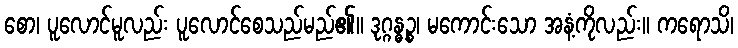
စော၊ ပူလောင်မူလည်း ပူလောင်စေသည်မည်၏။ ဒုဂ္ဂန္ဓဉ္စ၊ မကောင်းသော အနံ့ကိုလည်း။ ကရောသိ၊